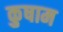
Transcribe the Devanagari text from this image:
कुषाम